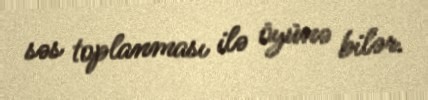
səs toplanması ilə öyünə bilər.